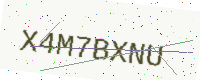
Text: X4M7BXNU